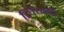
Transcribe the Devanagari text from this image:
लिंग्गी